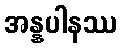
အန္နပါနဿ